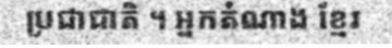
ប្រជាជាតិ ។ អ្នកតំណាង ខ្មែរ